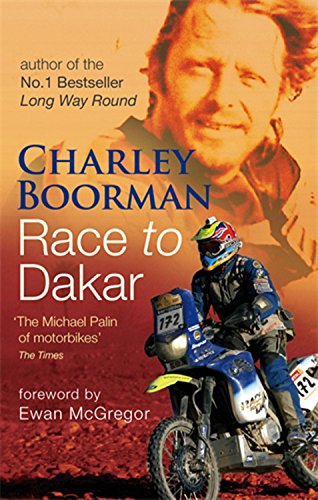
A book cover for Race to Dakar; Charley Boorman; Travel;